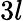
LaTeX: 3l